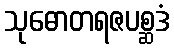
သုဓောတရဇပစ္ဆဒံ